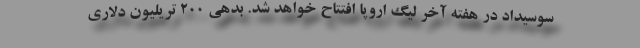
سوسیداد در هفته آخر لیگ اروپا افتتاح خواهد شد. بدهی 200 تریلیون دلاری